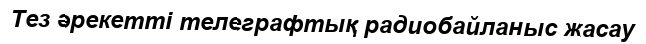
Тез әрекетті телеграфтық радиобайланыс жасау